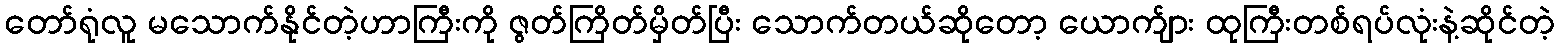
တော်ရုံလူ မသောက်နိုင်တဲ့ဟာကြီးကို ဇွတ်ကြိတ်မှိတ်ပြီး သောက်တယ်ဆိုတော့ ယောက်ျား ထုကြီးတစ်ရပ်လုံးနဲ့ဆိုင်တဲ့